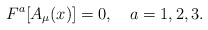
\begin{align*}F^{a}[A_{\mu}(x)]=0,\quad{a}=1,2,3.\end{align*}